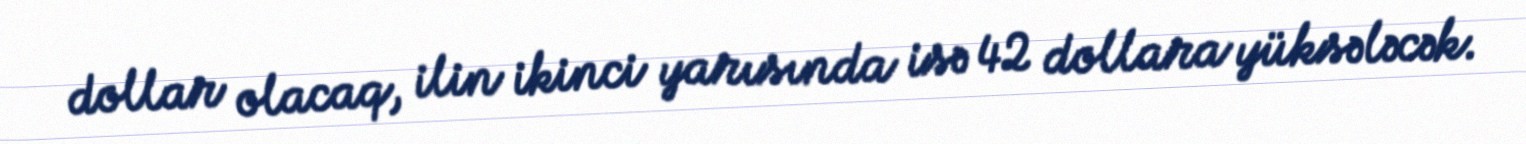
dollar olacaq, ilin ikinci yarısında isə 42 dollara yüksələcək.